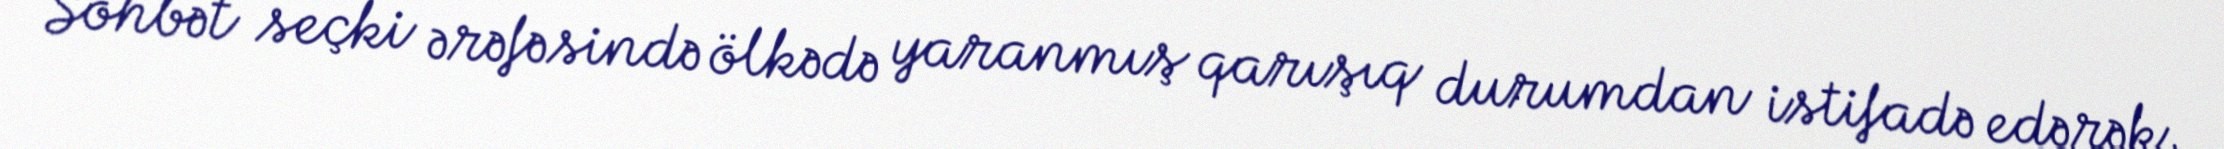
Söhbət seçki ərəfəsində ölkədə yaranmış qarışıq durumdan istifadə edərək,